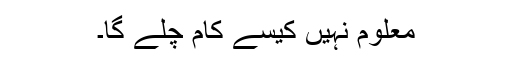
معلوم نہیں کیسے کام چلے گا۔